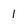
Character: 1